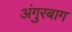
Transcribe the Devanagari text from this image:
अंगुरबाग